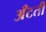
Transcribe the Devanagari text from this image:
अँटती